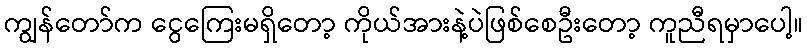
ကျွန်တော်က ငွေကြေးမရှိတော့ ကိုယ်အားနဲ့ပဲဖြစ်စေဦးတော့ ကူညီရမှာပေါ့။